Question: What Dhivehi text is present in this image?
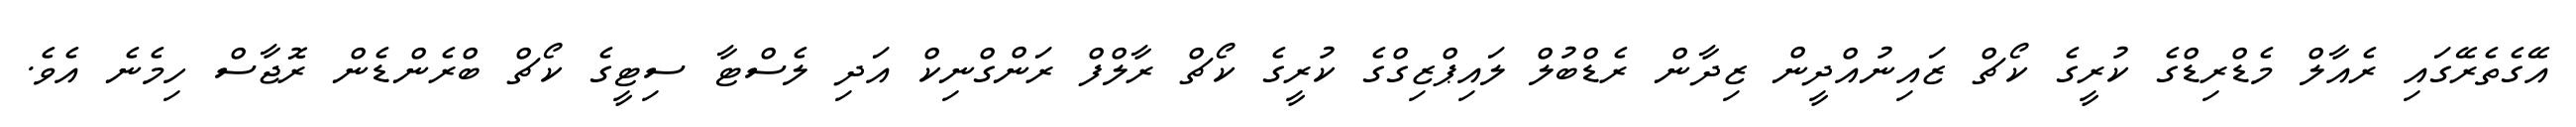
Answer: އޭގެތެރޭގައި ރެއާލް މެޑްރިޑްގެ ކުރީގެ ކޯޗް ޒައިނުއްދީން ޒިދާން ރެޑްބުލް ލައިޕްޒިގްގެ ކުރީގެ ކޯޗް ރާލްފް ރަންގްނިކް އަދި ލެސްޓާ ސިޓީގެ ކޯޗް ބްރެންޑެން ރޮޖާސް ހިމެނެ އެވެ.